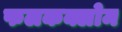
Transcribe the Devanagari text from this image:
फलकक्लोम